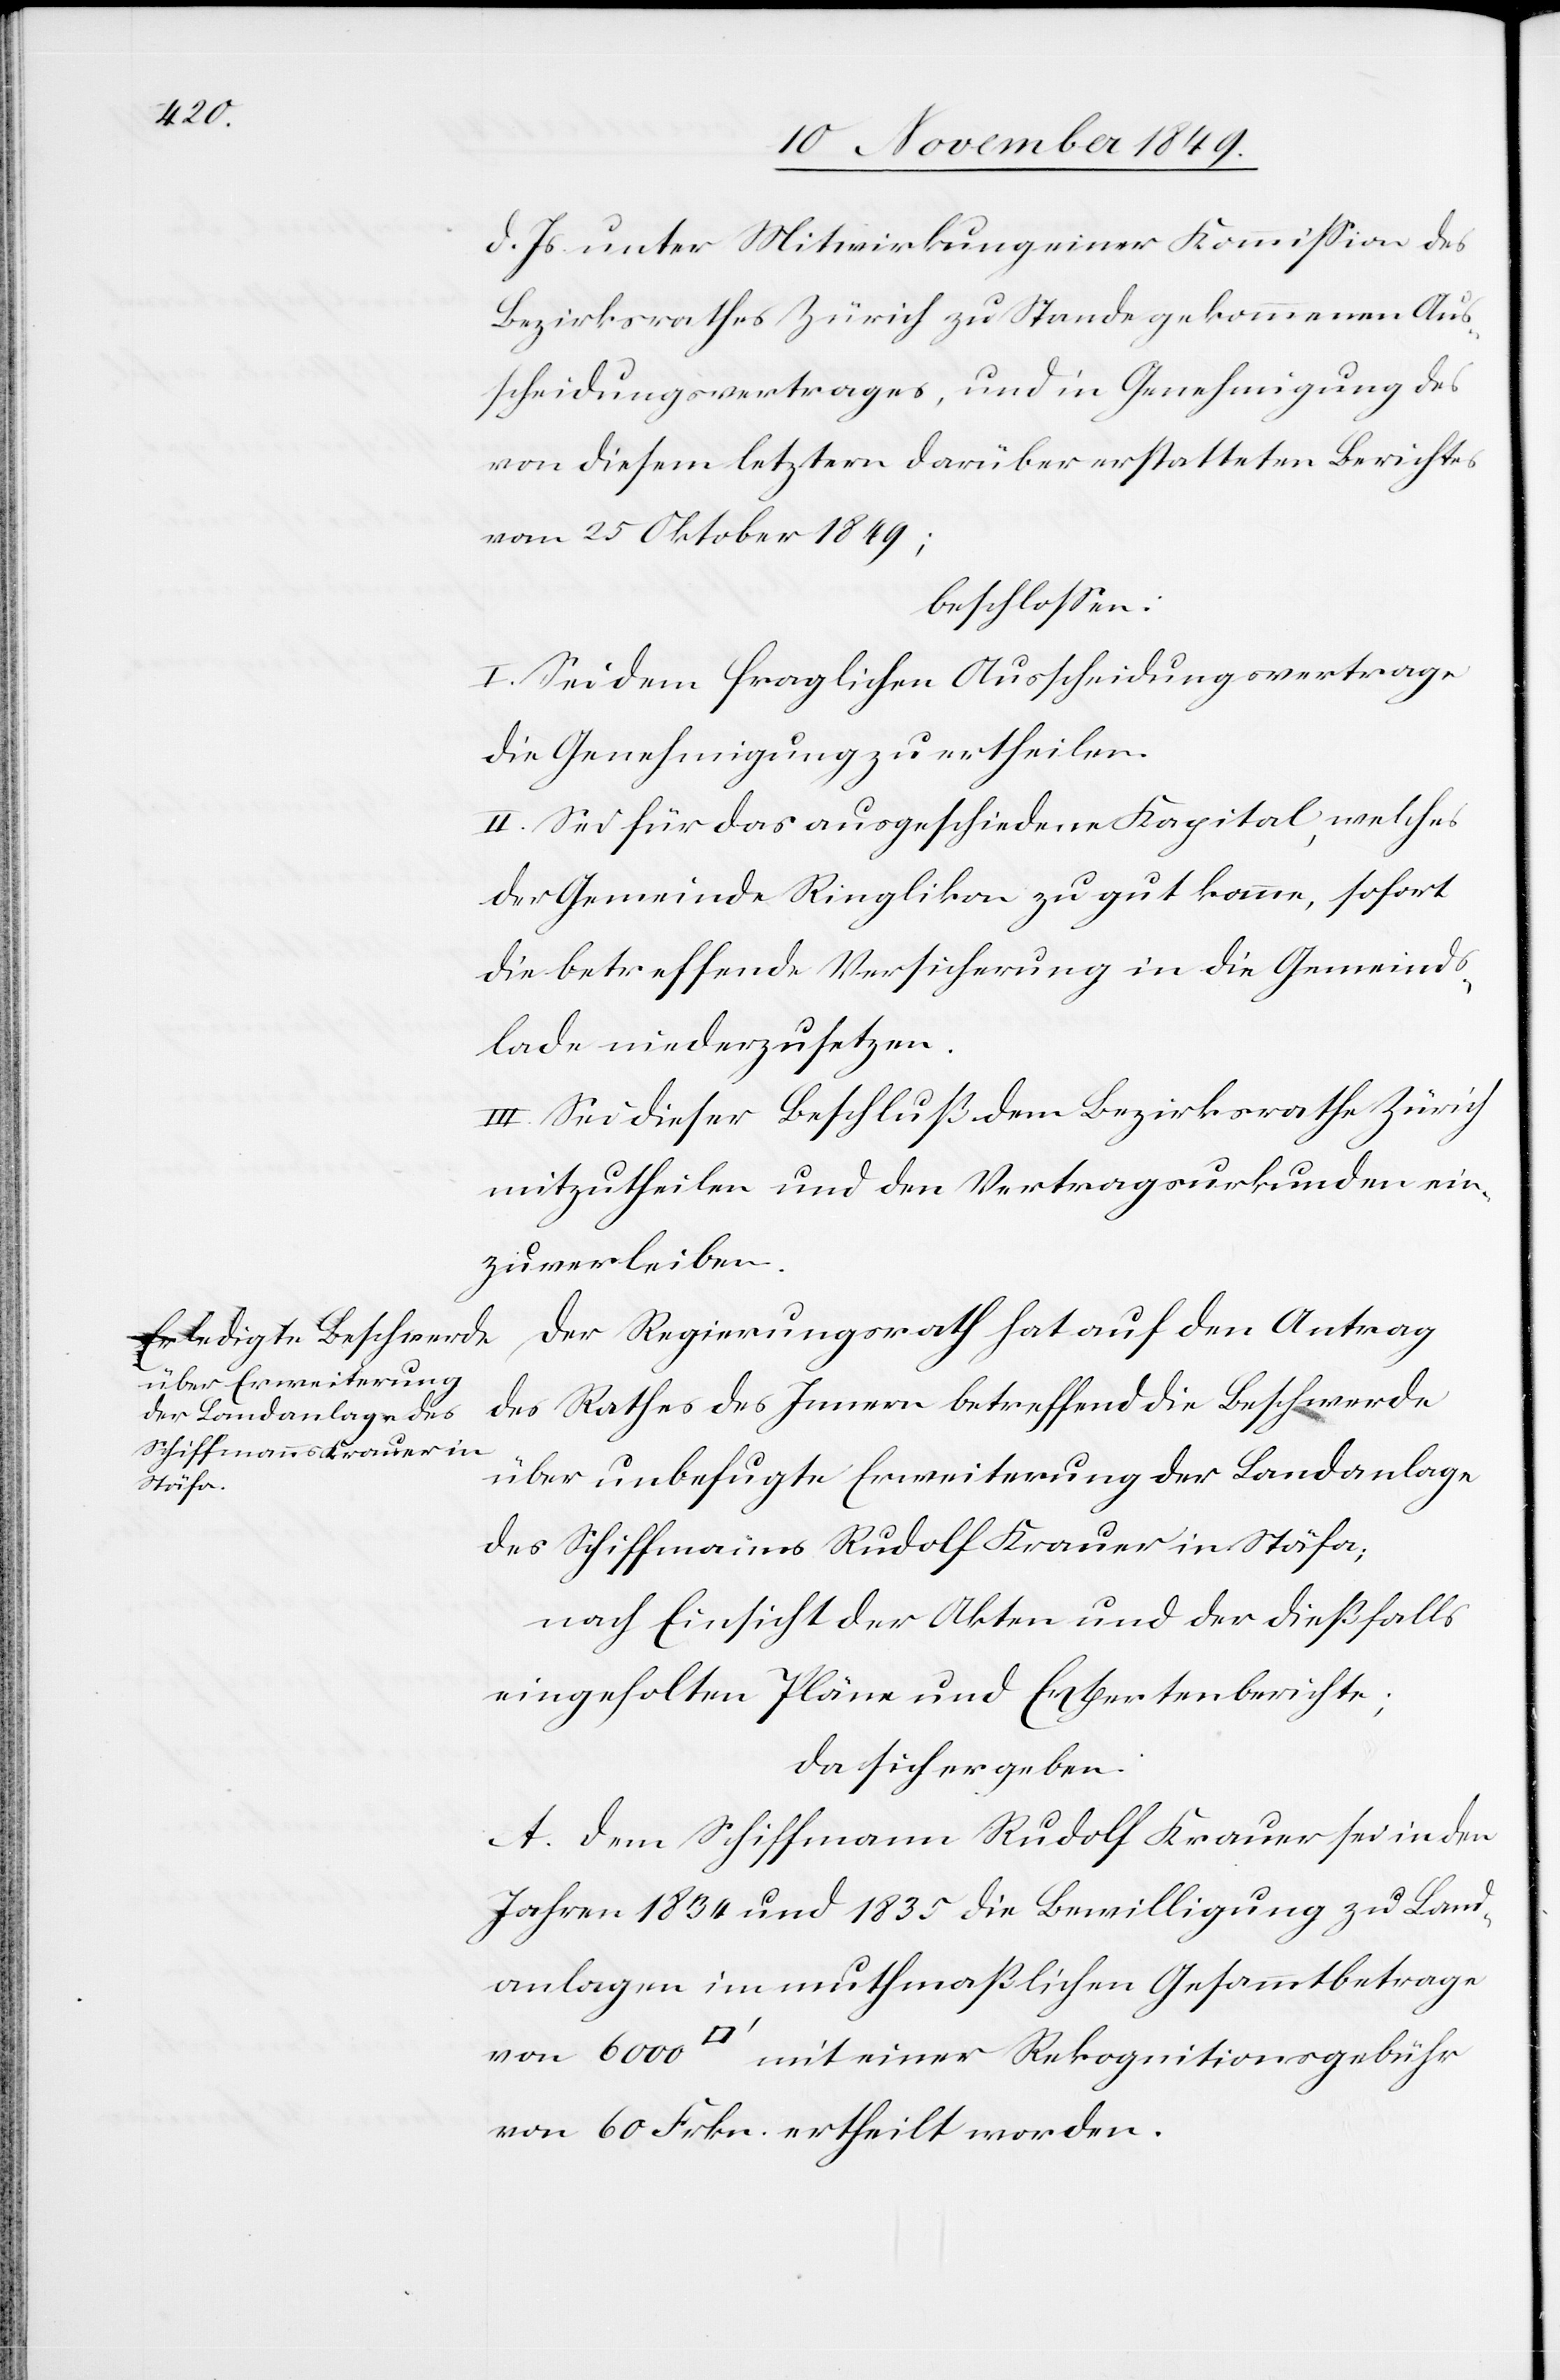
d. Js. unter Mitwirkung einer Kommißion des
Bezirksrathes Zürich zu Stande gekommenen Aus¬
scheidungsvertrages, und in Genehmigung des
von diesem letztern darüber erstatteten Berichtes
vom 25 Oktober 1849;
beschloßen:
I. Sei dem fraglichen Ausscheidungsvertrage
die Genehmigung zu ertheilen.
II. Sei für das ausgeschiedene Kapital, welches
der Gemeinde Ringlikon zu gut komme, sofort
die betreffende Versicherung in die Gemeinds¬
lade niederzusetzten.
III. Sei dieser Beschluß dem Bezirksrathe Zürich
mitzutheilen und den Vertragsurkunden ein¬
zuverleiben.
des Rathes des Innern betreffend die Beschwerde
über unbefugte Erweiterung der Landanlage
des Schiffmanns Rudolf Krauer in Stäfa;
nach Einsicht der Akten und der dießfalls
eingeholten Pläne und Expertenberichte;
da sich ergeben:
A. Dem Schiffmann Rudolf Krauer sei in den
Jahren 1834 und 1835 die Bewilligung zu Land¬
anlage in muthmaßlichen Gesammtbetrage
von 6000 [Quadratfuß] mit einer Rekognitionsgebühr
von 60 Frkn. ertheilt worden.